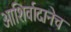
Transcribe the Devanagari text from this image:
आशिर्वादानेच